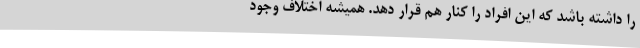
را داشته باشد که این افراد را کنار هم قرار دهد. همیشه اختلاف وجود